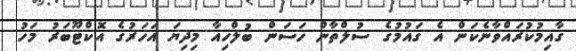
ގާއިމުކުރައްވާނެކަން އެ ގައުމުގެ ސުލްތާން ހަސަން ބުލްޚިއާ މިދިޔަ އަހަރުގެ އޮކްޓޫބަރު މަހު